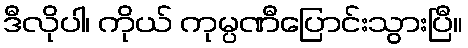
ဒီလိုပါ၊ ကိုယ် ကုမ္ပဏီပြောင်းသွားပြီ။